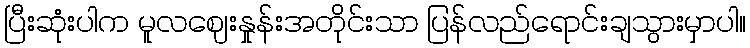
ပြီးဆုံးပါက မူလဈေးနှုန်းအတိုင်းသာ ပြန်လည်ရောင်းချသွားမှာပါ။